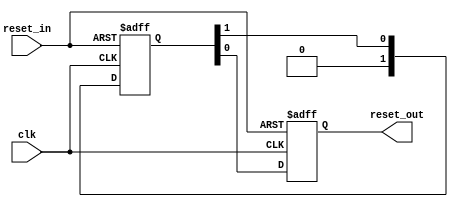
// (C) 2001-2016 Intel Corporation. All rights reserved.
// Your use of Intel Corporation's design tools, logic functions and other 
// software and tools, and its AMPP partner logic functions, and any output 
// files any of the foregoing (including device programming or simulation 
// files), and any associated documentation or information are expressly subject 
// to the terms and conditions of the Intel Program License Subscription 
// Agreement, Intel MegaCore Function License Agreement, or other applicable 
// license agreement, including, without limitation, that your use is for the 
// sole purpose of programming logic devices manufactured by Intel and sold by 
// Intel or its authorized distributors.  Please refer to the applicable 
// agreement for further details.


// (C) 2001-2010 Altera Corporation. All rights reserved.
// Your use of Altera Corporation's design tools, logic functions and other 
// software and tools, and its AMPP partner logic functions, and any output 
// files any of the foregoing (including device programming or simulation 
// files), and any associated documentation or information are expressly subject 
// to the terms and conditions of the Altera Program License Subscription 
// Agreement, Altera MegaCore Function License Agreement, or other applicable 
// license agreement, including, without limitation, that your use is for the 
// sole purpose of programming logic devices manufactured by Altera and sold by 
// Altera or its authorized distributors.  Please refer to the applicable 
// agreement for further details.

// $Id: //acds/main/ip/merlin/altera_reset_controller/altera_tse_reset_synchronizer.v#7 $
// $Revision: #7 $
// $Date: 2010/04/27 $
// $Author: jyeap $

// -----------------------------------------------
// Reset Synchronizer
// -----------------------------------------------
`timescale 1ns / 1ns

module altera_tse_reset_synchronizer
#(
    parameter ASYNC_RESET = 1,
    parameter DEPTH       = 2
)
(
    input   reset_in /* synthesis ALTERA_ATTRIBUTE = "SUPPRESS_DA_RULE_INTERNAL=\"R101,R105\"" */,

    input   clk,
    output  reset_out
);

    // -----------------------------------------------
    // Synchronizer register chain. We cannot reuse the
    // standard synchronizer in this implementation 
    // because our timing constraints are different.
    //
    // Instead of cutting the timing path to the d-input 
    // on the first flop we need to cut the aclr input.
    // 
    // We omit the "preserve" attribute on the final
    // output register, so that the synthesis tool can
    // duplicate it where needed.
    // -----------------------------------------------
    // Please check the false paths setting in TSE SDC
    
    (*preserve*) reg [DEPTH-1:0] altera_tse_reset_synchronizer_chain;
    reg altera_tse_reset_synchronizer_chain_out;

    generate if (ASYNC_RESET) begin

        // -----------------------------------------------
        // Assert asynchronously, deassert synchronously.
        // -----------------------------------------------
        always @(posedge clk or posedge reset_in) begin
            if (reset_in) begin
                altera_tse_reset_synchronizer_chain <= {DEPTH{1'b1}};
                altera_tse_reset_synchronizer_chain_out <= 1'b1;
            end
            else begin
                altera_tse_reset_synchronizer_chain[DEPTH-2:0] <= altera_tse_reset_synchronizer_chain[DEPTH-1:1];
                altera_tse_reset_synchronizer_chain[DEPTH-1] <= 0;
                altera_tse_reset_synchronizer_chain_out <= altera_tse_reset_synchronizer_chain[0];
            end
        end

        assign reset_out = altera_tse_reset_synchronizer_chain_out;
     
    end else begin

        // -----------------------------------------------
        // Assert synchronously, deassert synchronously.
        // -----------------------------------------------
        always @(posedge clk) begin
            altera_tse_reset_synchronizer_chain[DEPTH-2:0] <= altera_tse_reset_synchronizer_chain[DEPTH-1:1];
            altera_tse_reset_synchronizer_chain[DEPTH-1] <= reset_in;
            altera_tse_reset_synchronizer_chain_out <= altera_tse_reset_synchronizer_chain[0];
        end

        assign reset_out = altera_tse_reset_synchronizer_chain_out;
 
    end
    endgenerate

endmodule